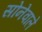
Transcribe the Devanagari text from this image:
सोनेवाले